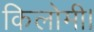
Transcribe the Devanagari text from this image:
किलोमी।